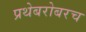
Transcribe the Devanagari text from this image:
प्रथेबरोबरच